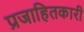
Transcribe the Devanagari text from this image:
प्रजाहितकारी